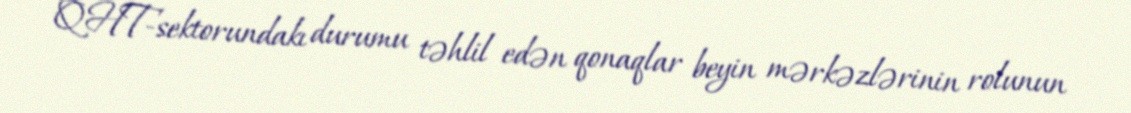
QHT-sektorundakı durumu təhlil edən qonaqlar beyin mərkəzlərinin rolunun